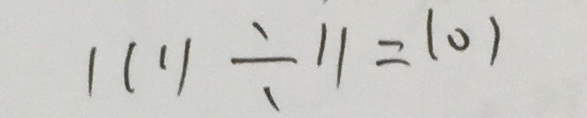
1 1 1 1 \div 1 1 = 1 0 1